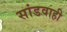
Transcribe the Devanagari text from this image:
सांडवाही